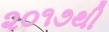
૨૦૧૭થી